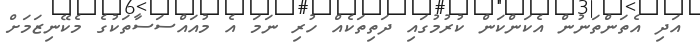
އަދި އެތަންތަނުން އެކަންކަން ކުރުމުގައި ދަތިތަކެއް ހުރި ނަމަ އެ މުއައްސަސާތަކުގެ މެކޭނިޒަމަށް